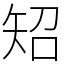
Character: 䂏